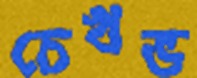
চেখভ